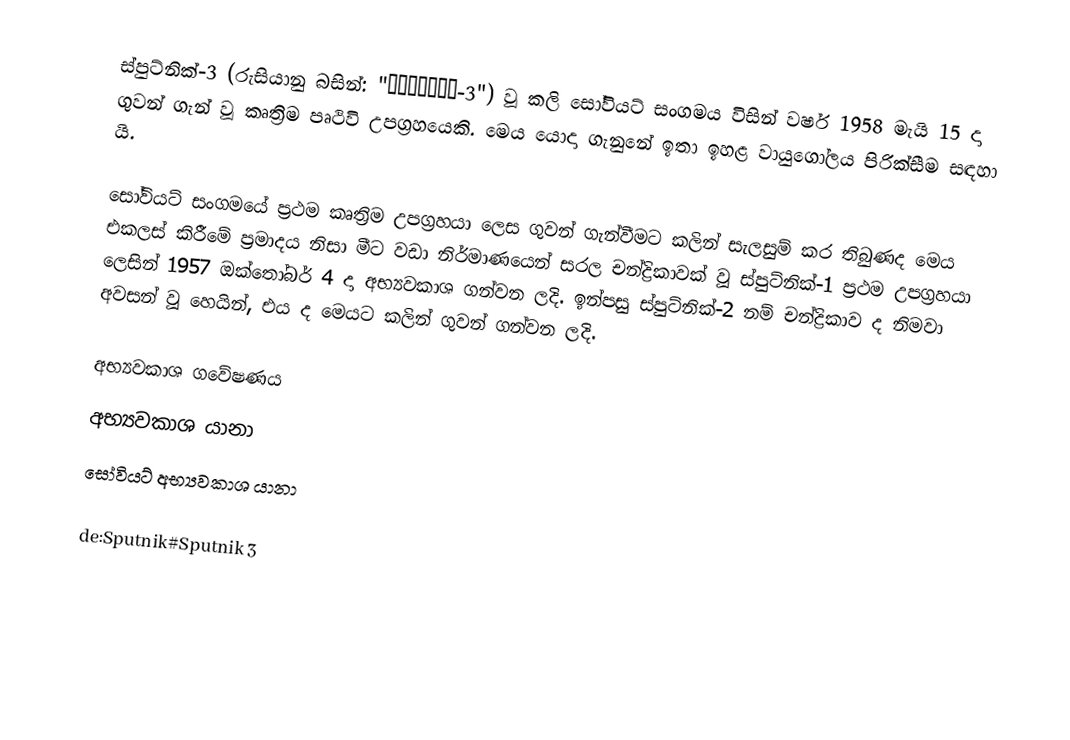
ස්පුට්නික්-3 (රුසියානු බසින්: "Спутник-3") වූ කලි සෝවියට් සංගමය විසින් වර්ෂ 1958 මැයි 15 දා ගුවන් ගැන් වූ කෘත්‍රිම පෘථිවි උපග්‍රහයෙකි. මෙය යොදා ගැනුනේ ඉතා ඉහළ වායුගෝලය පිරික්සීම සඳහා යි.

සෝවියට් සංගමයේ ප්‍රථම කෘත්‍රිම උපග්‍රහයා ලෙස ගුවන් ගැන්වීමට කලින් සැලසුම් කර තිබුණද මෙය එකලස් කිරීමේ ප්‍රමාදය නිසා මීට වඩා නිර්මාණයෙන් සරල චන්ද්‍රිකාවක් වූ ස්පුට්නික්-1 ප්‍රථම උපග්‍රහයා ලෙසින් 1957 ඔක්තෝබර් 4 දා අභ්‍යවකාශ ගන්වන ලදි. ඉන්පසු ස්පුට්නික්-2 නම් චන්ද්‍රිකාව ද නිමවා අවසන් වූ හෙයින්, එය ද මෙයට කලින් ගුවන් ගන්වන ලදි.

අභ්‍යවකාශ ගවේෂණය
අභ්‍යවකාශ යානා
සෝවියට් අභ්‍යවකාශ යානා

de:Sputnik#Sputnik 3